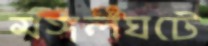
মঙ্গলঘটে